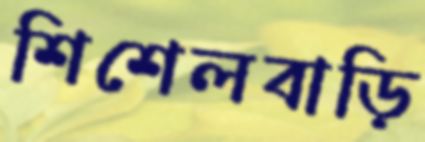
শিশেলবাড়ি